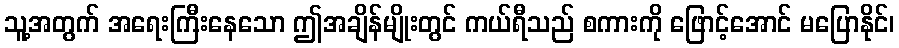
သူ့အတွက် အရေးကြီးနေသော ဤအချိန်မျိုးတွင် ကယ်ရီသည် စကားကို ဖြောင့်အောင် မပြောနိုင်၊